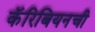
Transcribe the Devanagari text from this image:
कॅरिबियनची